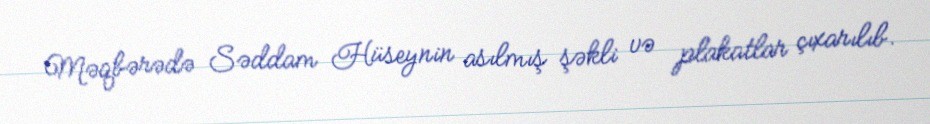
Məqbərədə Səddam Hüseynin asılmış şəkli və plakatlar çıxarılıb.